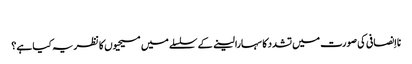
‏
نااِنصافی کی صورت میں تشدد کا سہارا لینے کے سلسلے میں مسیحیوں کا نظریہ کیا ہے؟